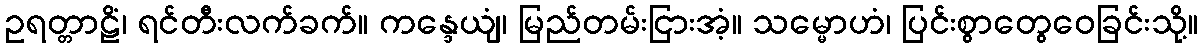
ဥရတ္တာဠိံ၊ ရင်တီးလက်ခက်။ ကန္ဒေယျံ၊ မြည်တမ်းငြားအံ့။ သမ္မောဟံ၊ ပြင်းစွာတွေဝေခြင်းသို့။